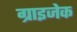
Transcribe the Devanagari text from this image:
ग्राइजेक